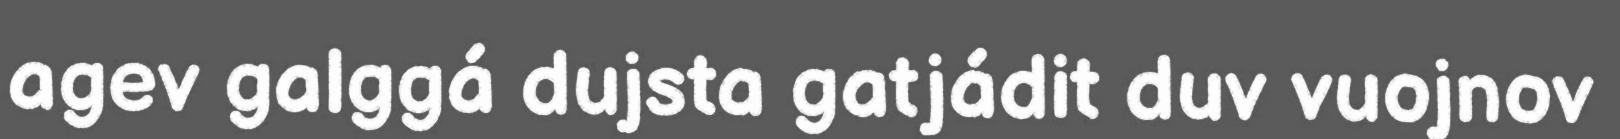
agev galggá dujsta gatjádit duv vuojnov